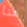
هنا